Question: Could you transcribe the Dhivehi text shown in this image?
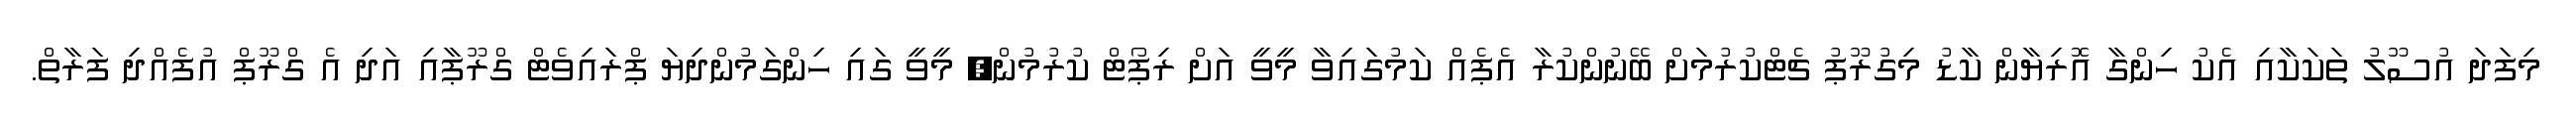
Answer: މިފަދަ އުސޫލު ތަކަކާއި އެކު ހިންގާ އޮރިޔާން ކާޑު މިގުރޫޕު ޗެޓްކުރުމަށް ބޭނުންކުރާ އެޕެއް ކަމުގައިވާ މީވީ އަށް ރިޕޯޓް ކުރުމުން, މީވީ ގައި ހިންގަމުންދިޔަ ޕްރައިވެޓް ގްރޫޕާއި އަދި އެ ގްރޫޕް އުފެއްދި ފަރާތް.